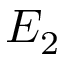
E _ { 2 }